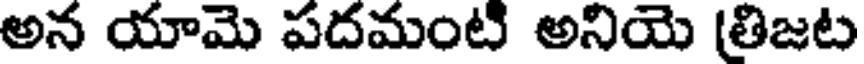
అన యామె పదమంటి అనియె (తిజట